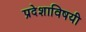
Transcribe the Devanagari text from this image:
प्रदेशाविषयी